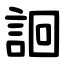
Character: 䛛